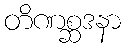
တိဏစ္ဆဒနာ